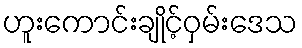
ဟူးကောင်းချိုင့်ဝှမ်းဒေသ